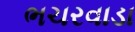
ભચરવાડા